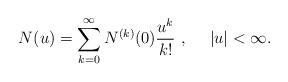
LaTeX: \begin{align*}N(u)=\sum_{k=0}^{\infty}N^{(k)}(0)\frac{u^k}{k!}\ ,\ \ \ \ |u|<\infty.\end{align*}